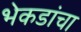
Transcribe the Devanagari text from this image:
भेकडांचा